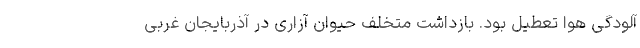
آلودگی هوا تعطیل بود. بازداشت متخلف حیوان آزاری در آذربایجان‌ غربی